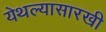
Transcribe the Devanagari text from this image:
येथल्यासारखी